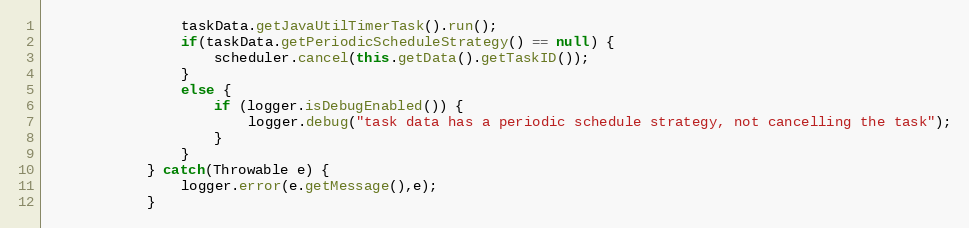
Language: Java
				taskData.getJavaUtilTimerTask().run();
				if(taskData.getPeriodicScheduleStrategy() == null) {
					scheduler.cancel(this.getData().getTaskID());
				}
				else {
					if (logger.isDebugEnabled()) {
						logger.debug("task data has a periodic schedule strategy, not cancelling the task");
					}
				}
			} catch(Throwable e) {
				logger.error(e.getMessage(),e);
			}